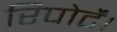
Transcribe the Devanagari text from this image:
रिपोर्टें।